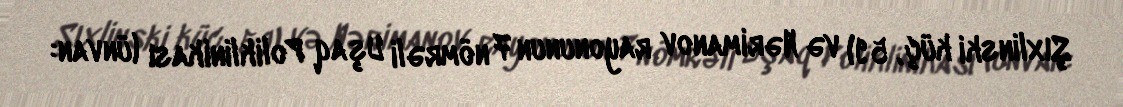
Şıxlinski küç, 59) və Nərimanov rayonunun 7 nömrəli Uşaq Poliklinikası (ünvan: